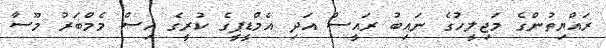
ރައްޔިތުންގެ މަޖިލީހުގެ ނައިބު ރައީސް އަދި އެމްޑީޕީގެ ކުރީގެ އިސް މެމްބަރު މޫސާ